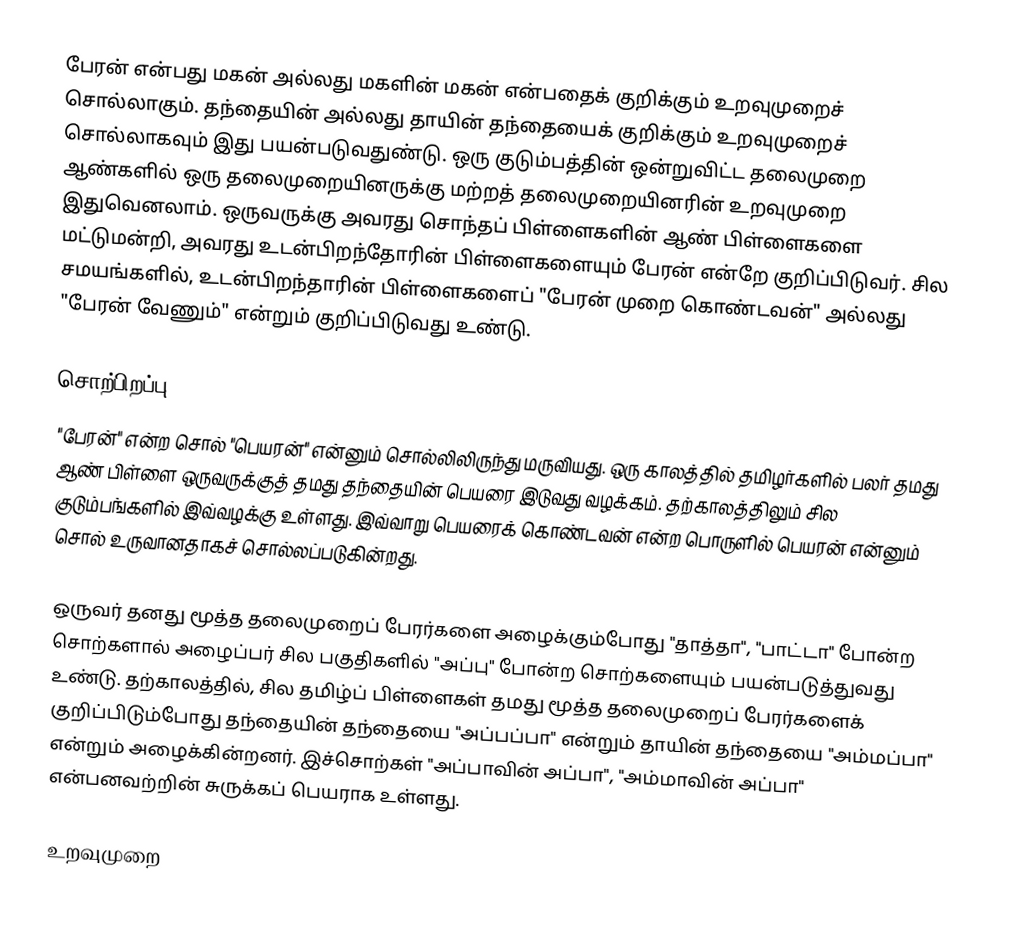
பேரன் என்பது மகன் அல்லது மகளின் மகன் என்பதைக் குறிக்கும் உறவுமுறைச் சொல்லாகும். தந்தையின் அல்லது தாயின் தந்தையைக் குறிக்கும் உறவுமுறைச் சொல்லாகவும் இது பயன்படுவதுண்டு. ஒரு குடும்பத்தின் ஒன்றுவிட்ட தலைமுறை ஆண்களில் ஒரு தலைமுறையினருக்கு மற்றத் தலைமுறையினரின் உறவுமுறை இதுவெனலாம். ஒருவருக்கு அவரது சொந்தப் பிள்ளைகளின் ஆண் பிள்ளைகளை மட்டுமன்றி, அவரது உடன்பிறந்தோரின் பிள்ளைகளையும் பேரன் என்றே குறிப்பிடுவர். சில சமயங்களில், உடன்பிறந்தாரின் பிள்ளைகளைப் "பேரன் முறை கொண்டவன்" அல்லது "பேரன் வேணும்" என்றும் குறிப்பிடுவது உண்டு.

சொற்பிறப்பு
"பேரன்" என்ற சொல் "பெயரன்" என்னும் சொல்லிலிருந்து மருவியது. ஒரு காலத்தில் தமிழர்களில் பலர் தமது ஆண் பிள்ளை ஒருவருக்குத் தமது தந்தையின் பெயரை இடுவது வழக்கம். தற்காலத்திலும் சில குடும்பங்களில் இவ்வழக்கு உள்ளது. இவ்வாறு பெயரைக் கொண்டவன் என்ற பொருளில் பெயரன் என்னும் சொல் உருவானதாகச் சொல்லப்படுகின்றது.

ஒருவர் தனது மூத்த தலைமுறைப் பேரர்களை அழைக்கும்போது "தாத்தா", "பாட்டா" போன்ற சொற்களால் அழைப்பர் சில பகுதிகளில் "அப்பு" போன்ற சொற்களையும் பயன்படுத்துவது உண்டு. தற்காலத்தில், சில தமிழ்ப் பிள்ளைகள் தமது மூத்த தலைமுறைப் பேரர்களைக் குறிப்பிடும்போது தந்தையின் தந்தையை "அப்பப்பா" என்றும் தாயின் தந்தையை "அம்மப்பா" என்றும் அழைக்கின்றனர். இச்சொற்கள் "அப்பாவின் அப்பா", "அம்மாவின் அப்பா" என்பனவற்றின் சுருக்கப் பெயராக உள்ளது.

உறவுமுறை